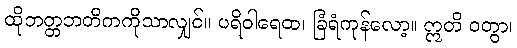
ထိုဘတ္တဘတိကကိုသာလျှင်။ ပရိဝါရေထ၊ ခြံရံကုန်လော့။ ဣတိ ဝတွာ၊